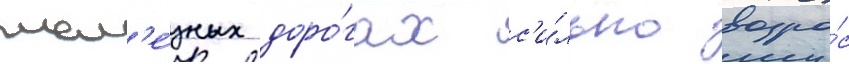
жел'е́зных доро́гах с'и́льно возро́с